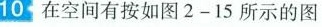
10 在空间有按如图2-15所示的图